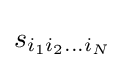
s_{i_{1}i_{2}\ldots i_{N}}